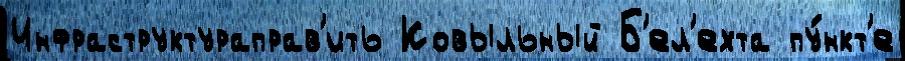
Инфраструктураправ'ить Ковыльный Б'ел'ехта пу́нкт'е